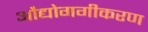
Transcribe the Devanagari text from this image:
औद्योगगीकरण